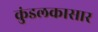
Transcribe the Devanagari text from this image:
कुंडलकासार